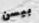
بيسن